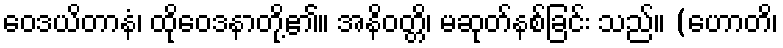
ဝေဒယိတာနံ၊ ထိုဝေဒနာတို့၏။ အနိဝတ္တိ၊ မဆုတ်နစ်ခြင်း သည်။ (ဟောတိ၊